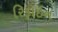
રિફાઇન